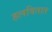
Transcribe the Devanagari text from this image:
हलवितात